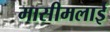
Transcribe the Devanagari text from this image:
मासीमलाई